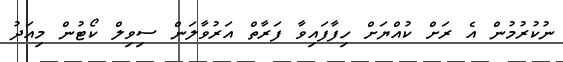
ނުކުރުމުން އެ ރަށް ކުއްޔަށް ހިފާފައިވާ ފަރާތް އަރުވާލަން ސިވިލް ކޯޓުން މިއަދު